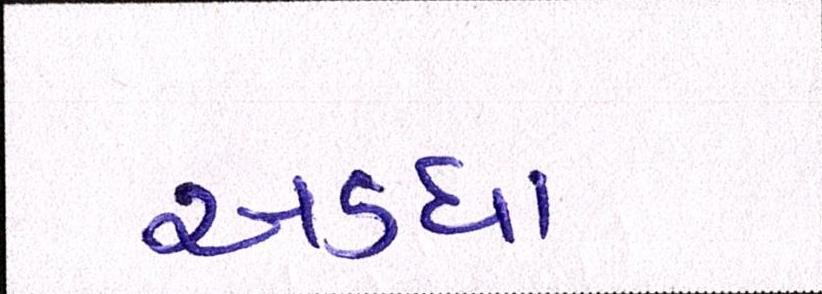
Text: અડધા